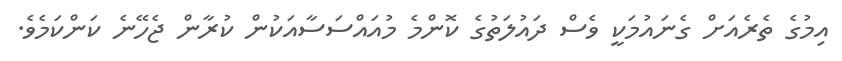
އިމުގެ ތެރެއަށް ގެނައުމަކީ ވެސް ދައުލަތުގެ ކޮންމެ މުއައްސަސާއަކުން ކުރާން ޖެހޭނެ ކަންކަމެވެ.